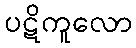
ပဋိကူလော